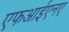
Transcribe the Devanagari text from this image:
एफआईएनए